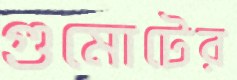
গুমোটের